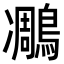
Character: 𪄄